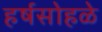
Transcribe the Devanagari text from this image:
हर्षसोहळे